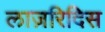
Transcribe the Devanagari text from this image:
लाज़रिदिस